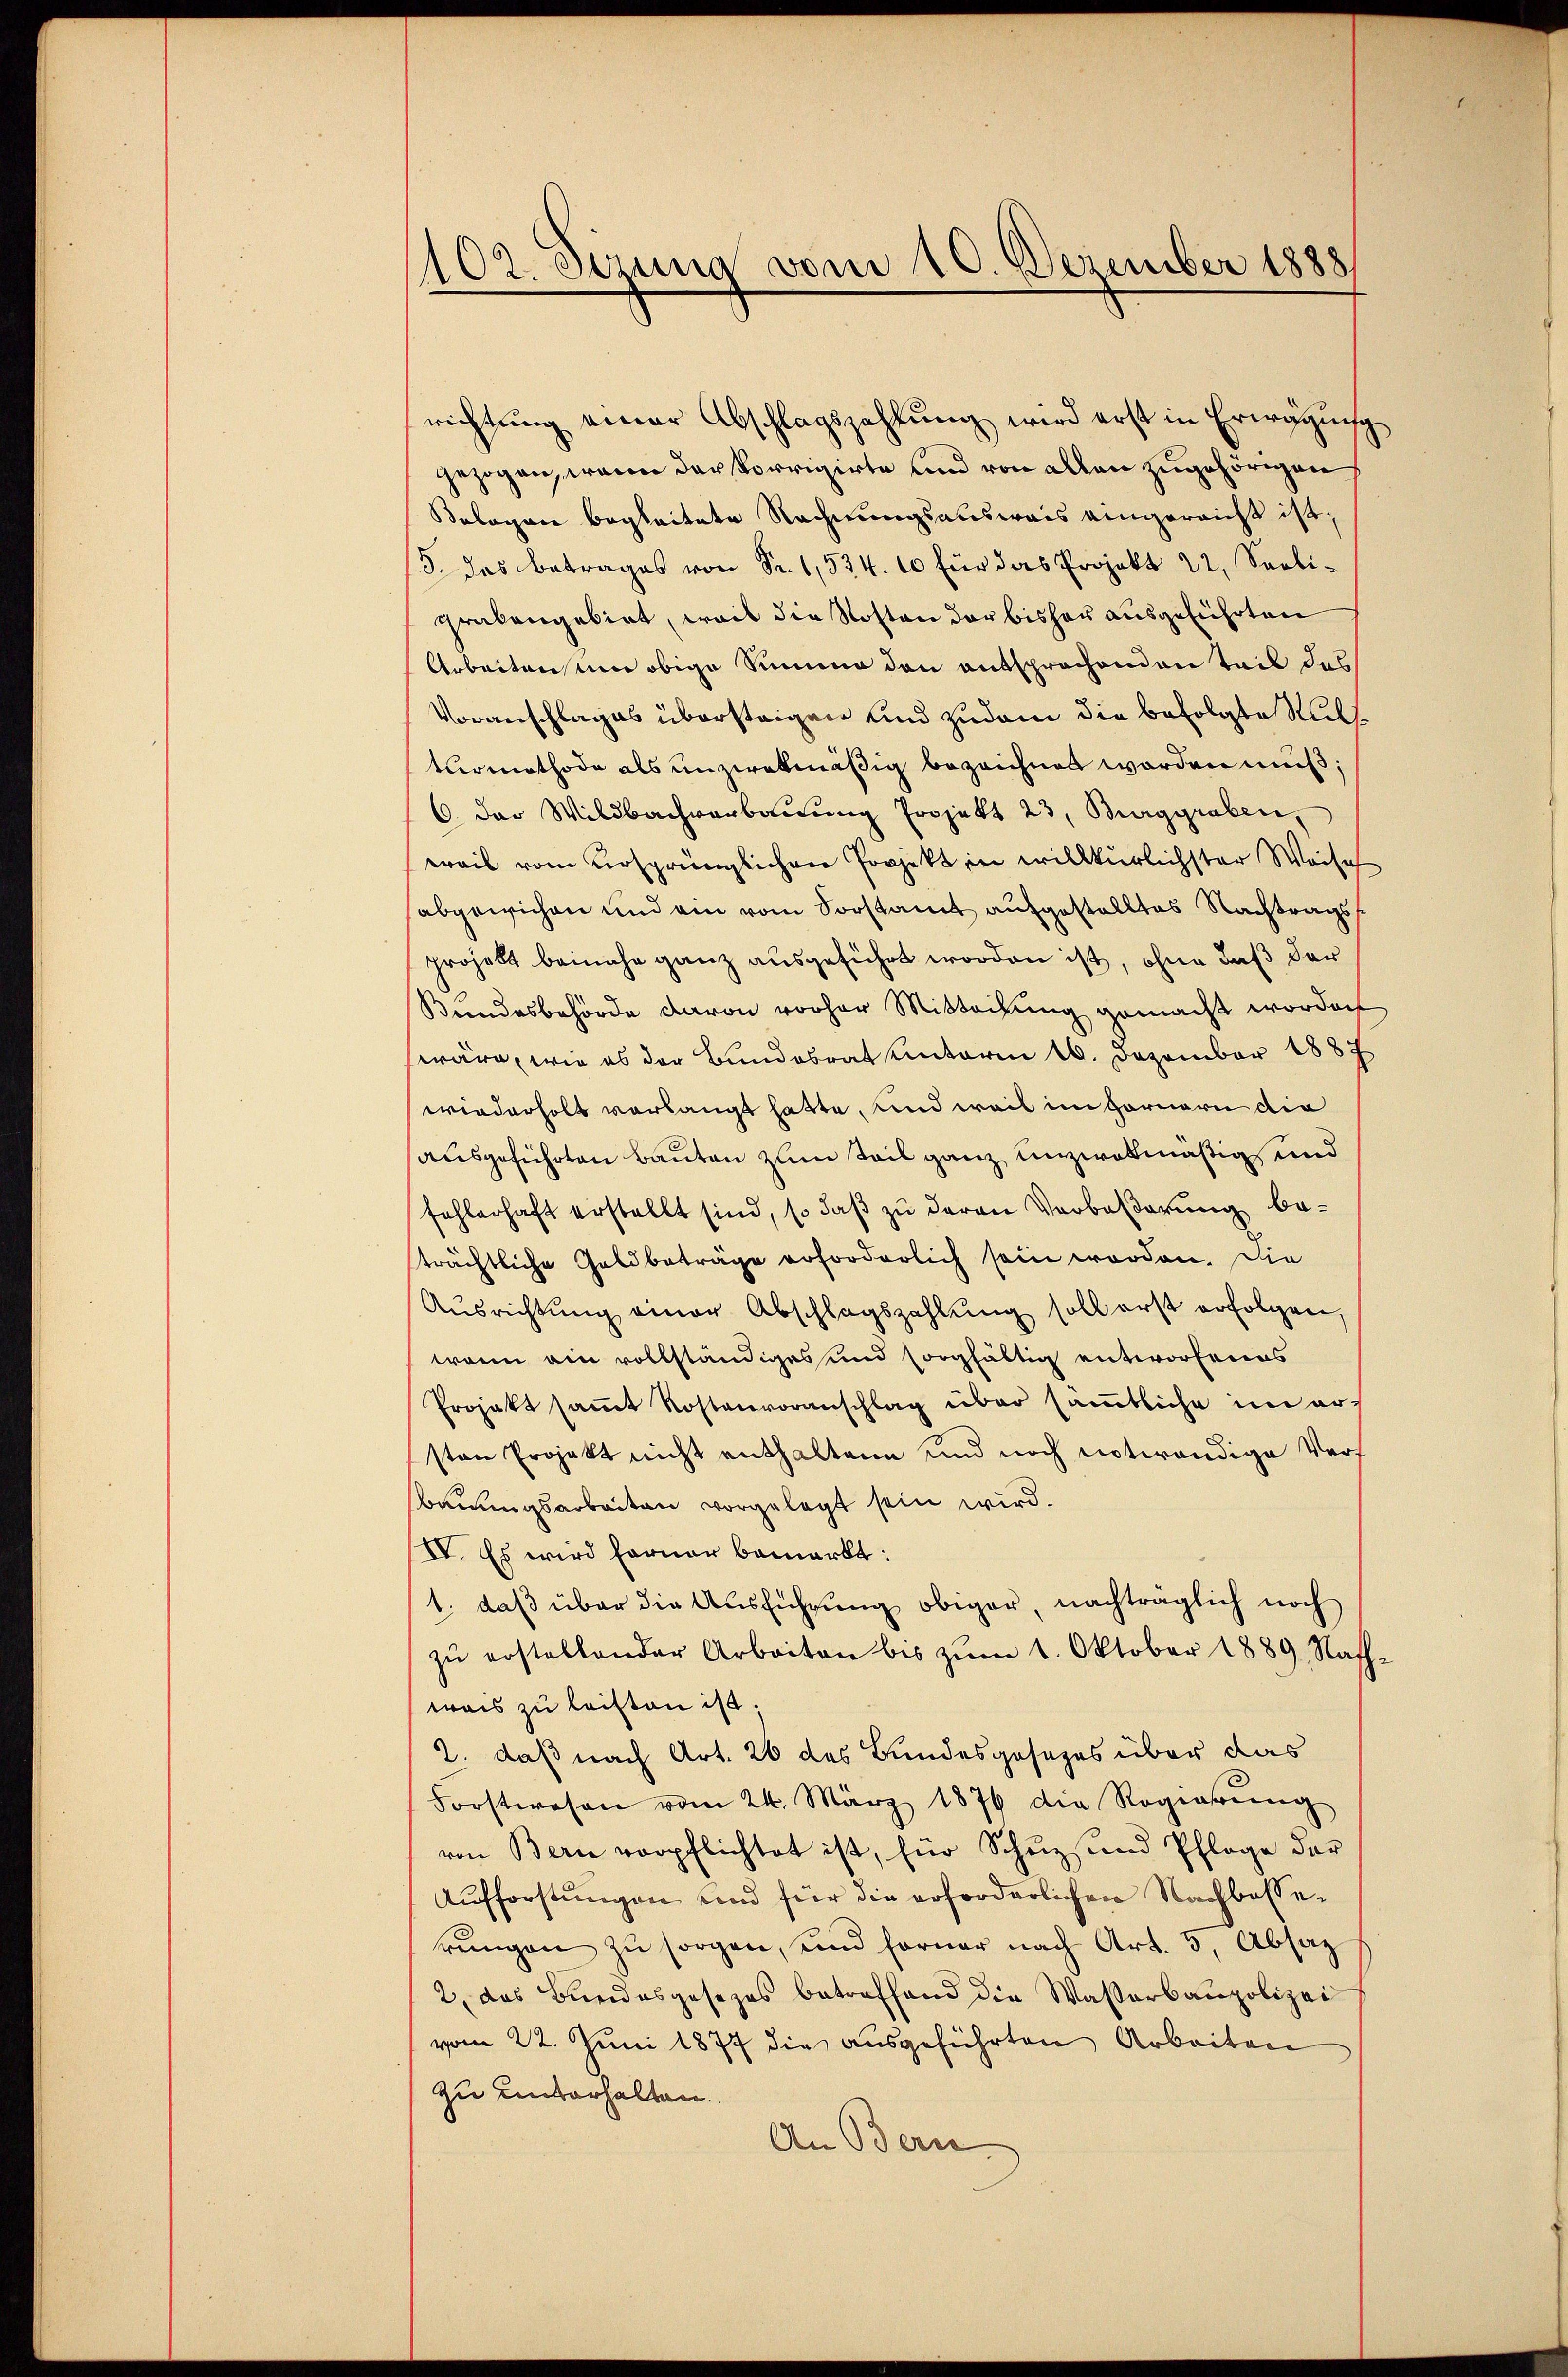
102. Jena vom 10. Dezember 1888

richtung einer Abschlagszahlung wird erst in Erwägung
gezogen, wenn der Vorrigirte und von allen zugehörigen
Selagen begleitete Rechnungsausweis eingereicht ist,
/3. das Betrages von Fr. 1,524. 10 für das Projekt 22, Seeligrakangebirt, weil die Kosten der bisher ausgeführten
Arbeiten um obige Summe den entsprochenden Teil das
Voranschlages übersteigen und zudem die befolgte Kulturmethode als unzwekmäßig bezeichnet worden muß;
6. der Wildbachverbauung Projekt 23, Burggraben,
ereis vom versprünglichen Projekt in willkürlichster Weise
abgewichen und ein vom Vorstamt aufgestelltes Nachtrags
projekt beinahe ganz ausgeführt worden ist, ohne daß der
Bundesbehörde davon vorher Mitteilung gemacht worden
wäre, wie es der Bundesrat unterm 16. Dezember 1887
wiederholt verlangt hatte, und weil im Hornern die
ausgeführten Bauten zum Teil ganz unzwekmäßig und
fehlerhaft erstellt sind, so daß zu deren Verbeßerung beträchtliche Geldbeträge erforderlich sein worden. Die
Ausrichtung einer Abschlagszahlung soll erst erfolgen,
wann ain vollständiges und sorgfältig entworfenes
Projekt saṁt Kostenvoranschlag über sämtliche im ersten Projekt nicht enthaltene und noch notwendige Verf
Bauungsarbeiten vorgelegt sein wird.
IV. Es wird ferner bemerkt:
1. daß über die Ausführung obiger, nachträglich noch
zŭ erstellender Arbeiten bis zŭm 1. Oktober 1889 Nach-
wais zu leisten ist;
2. daß nach Art. 26 des Bundesgesezes über das
Forstwesen vom 24. März 1876 die Regierŭng
von Bern verpflichtet ist, für Schuz und Pflege der
Aufforstungen und für die erforderlichen Nachbesserungen zu sorgen, und ferner nach Art. 5, Absag
2. das Bundesgesezes betreffend die Wasserbaupolizei
vom 22. Juni 1877 die ausgeführten Arbeiten
zu unterhalten.
An Bern